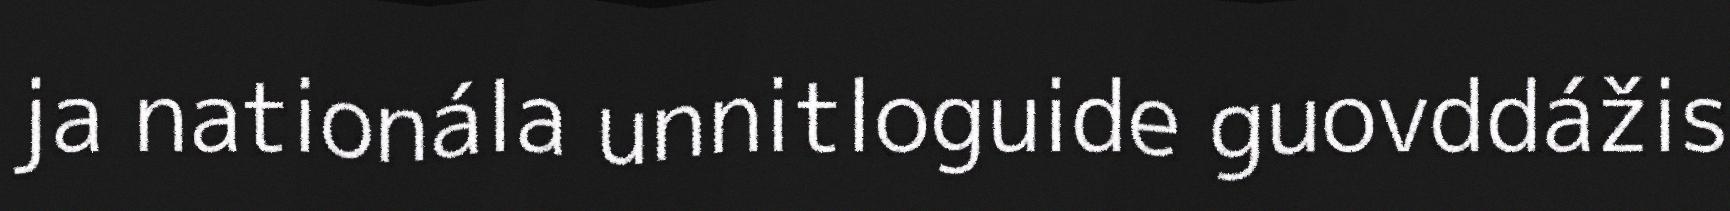
ja nationála unnitloguide guovddážis